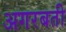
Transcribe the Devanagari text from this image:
अगरबती